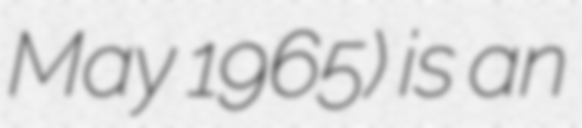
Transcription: May 1965) is an